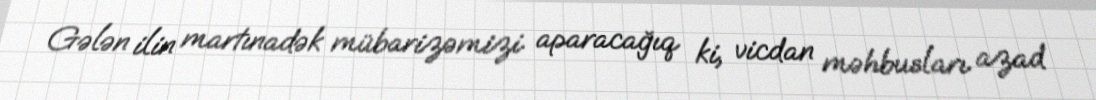
Gələn ilin martınadək mübarizəmizi aparacağıq ki, vicdan məhbusları azad